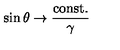
\sin \theta \rightarrow \frac { \mathrm { c o n s t . } } { \gamma }